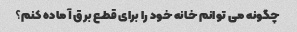
چگونه می توانم خانه خود را برای قطع برق آماده کنم؟